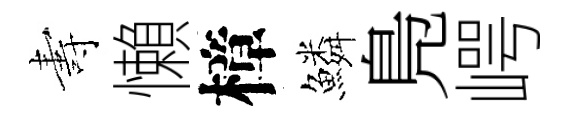
夀懶樟鱗鳬崿